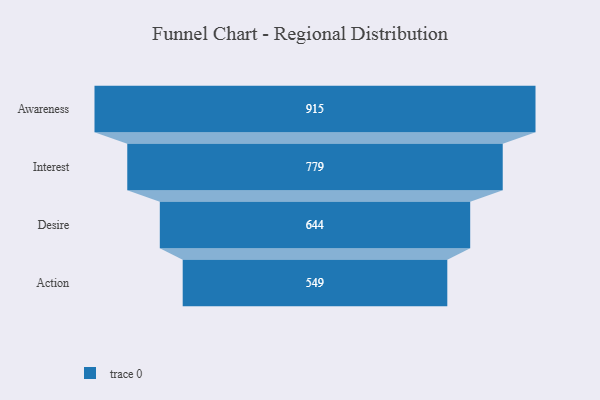
{"axis": {"x": "Stage", "y": "Value"}, "legend": [""], "data": [{"x": "Awareness", "y": 915.0, "type": ""}, {"x": "Interest", "y": 779.0, "type": ""}, {"x": "Desire", "y": 644.0, "type": ""}, {"x": "Action", "y": 549.0, "type": ""}]}